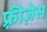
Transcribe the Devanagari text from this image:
फ़्रीज़ेस